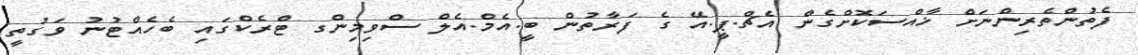
ފެތުންތެރިންނަށް ޚާއްސަކޮށްގެން އެޗް.ޕީ.އޭ ގެ ފަރާތުން ބީ.އެމް.އެލް ސްވިމިންގ ޓްރެކްގައި ބެހެއްޓުނު ވަގުތީ